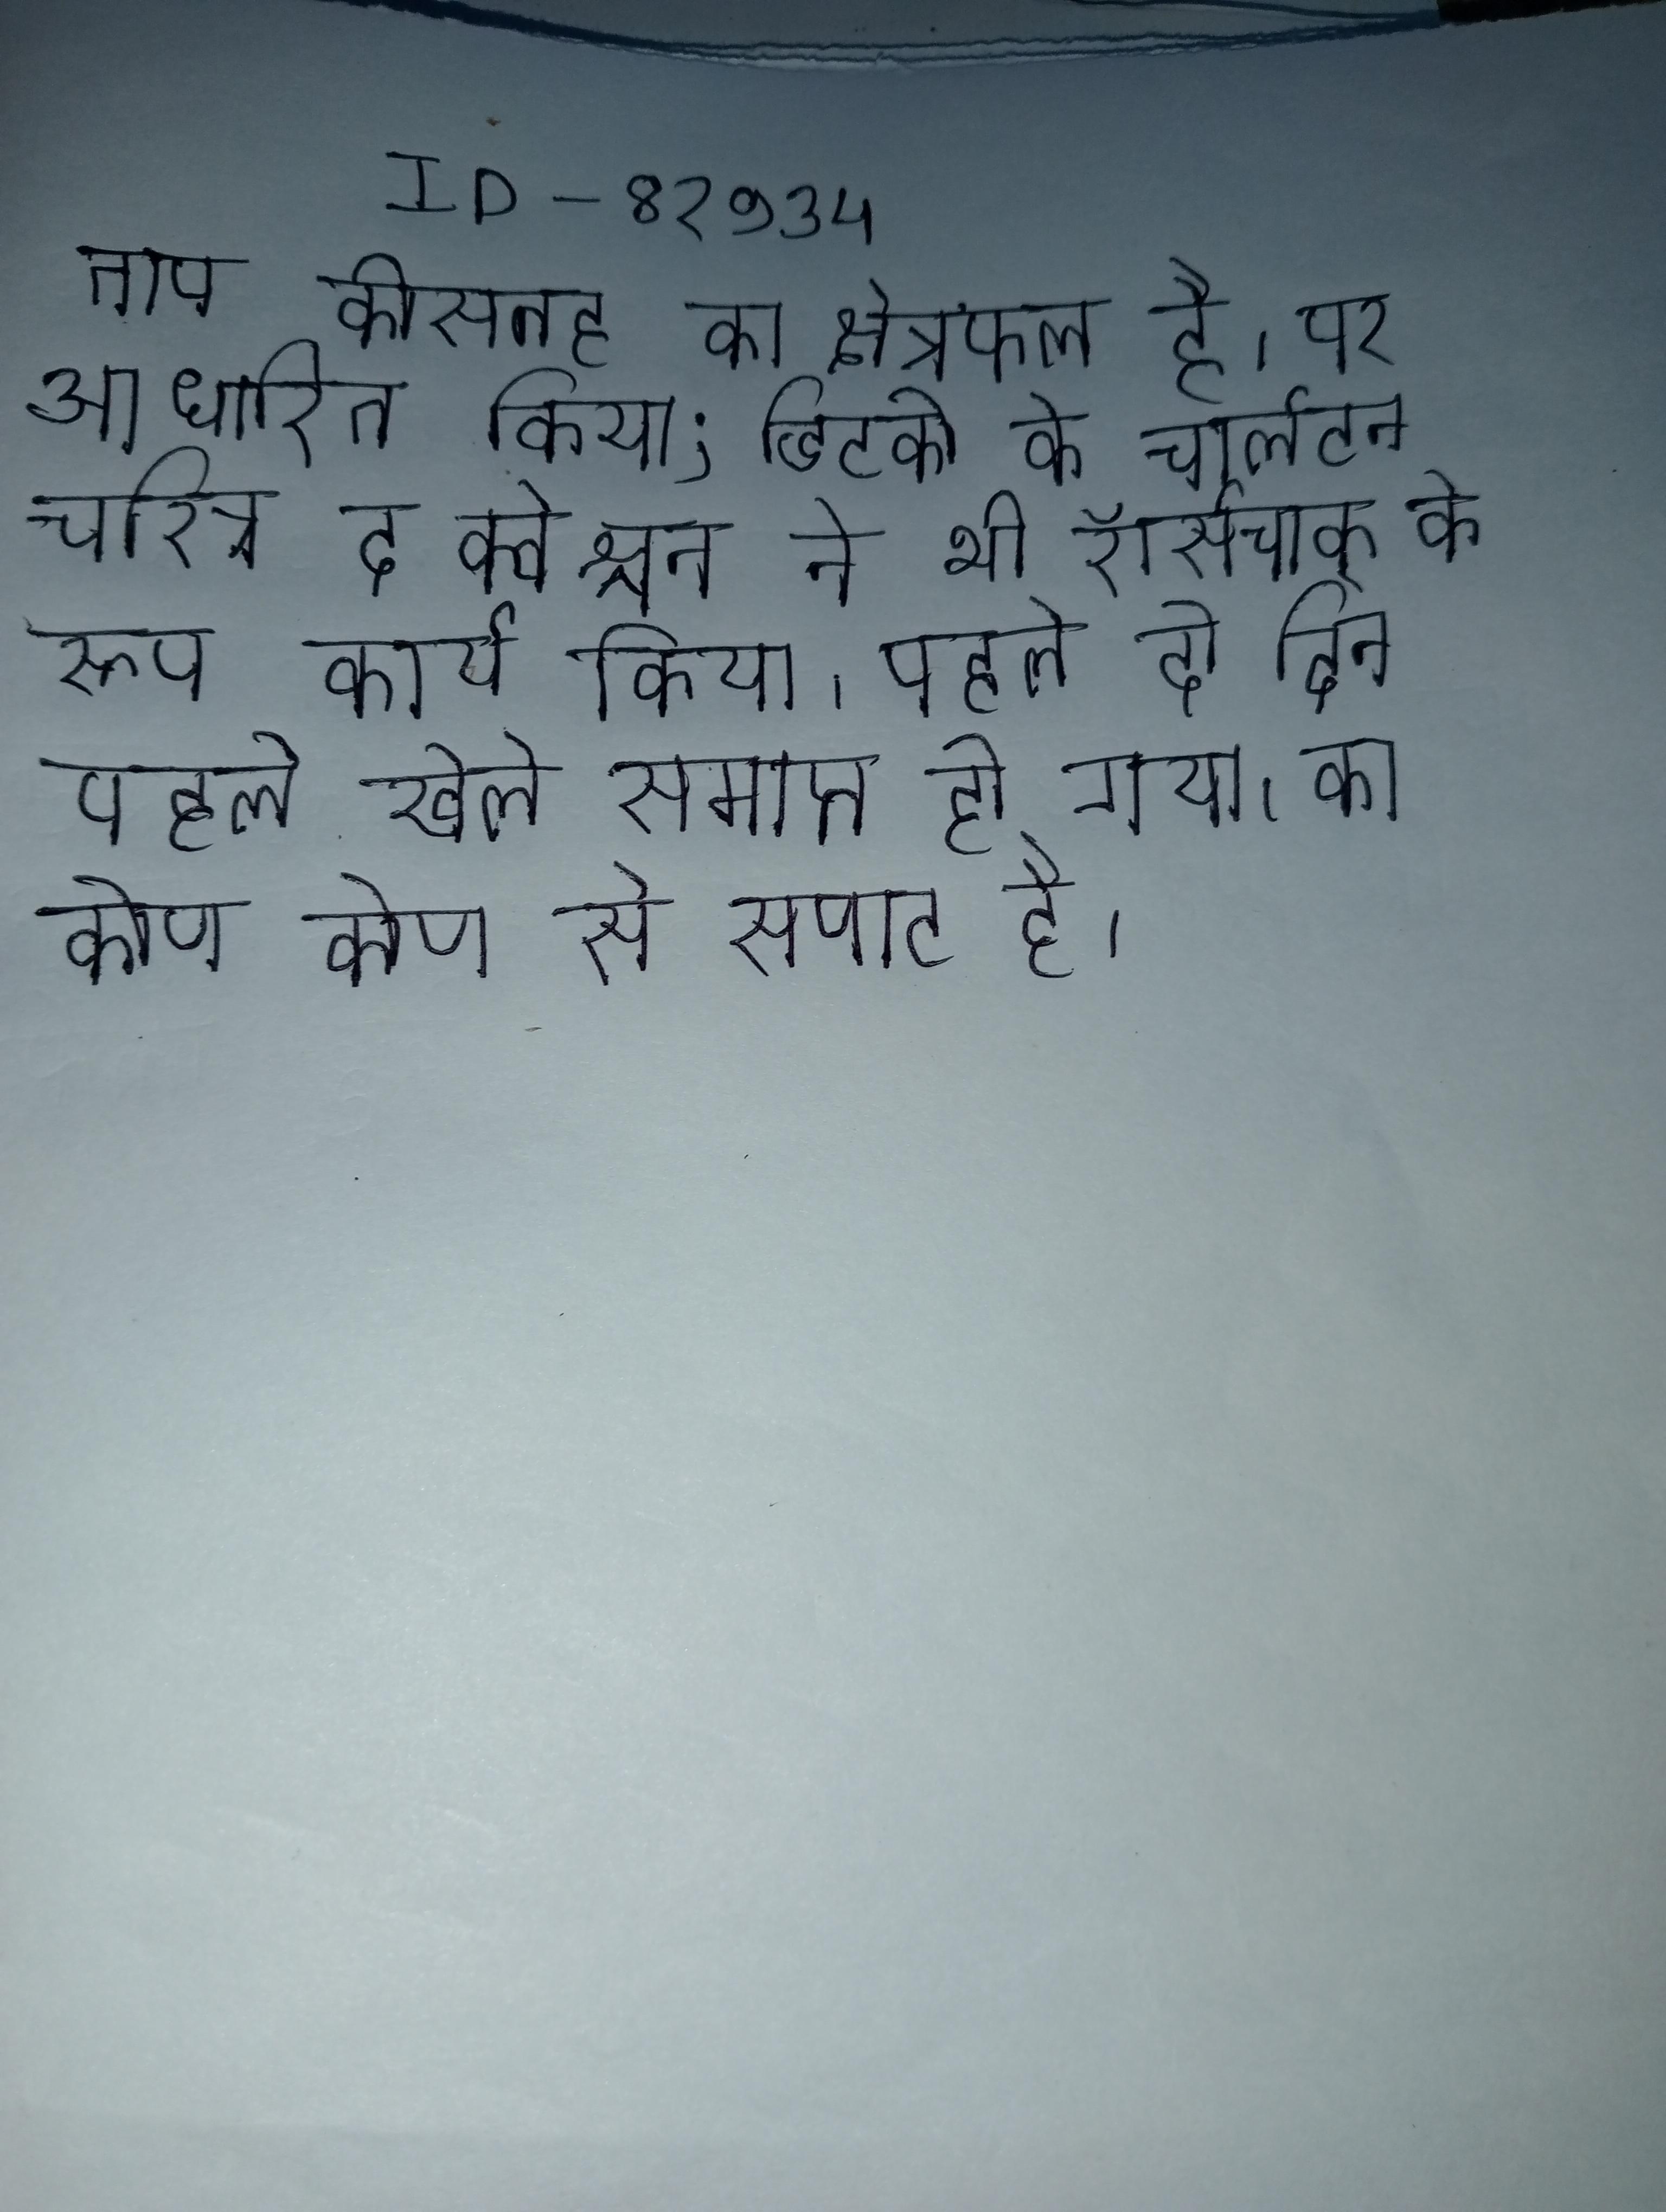
ताप कीसतह का क्षेत्रफल है । पर आधारित किया; डिटको के चार्लटन चरित्र द क्वेश्चन ने भी रॉर्सचाक् के निर्माण एक खाके के रूप कार्य किया । पहले दो दिन पहले खेले समाप्त हो गया । का कोण कोण से सपाट है ।